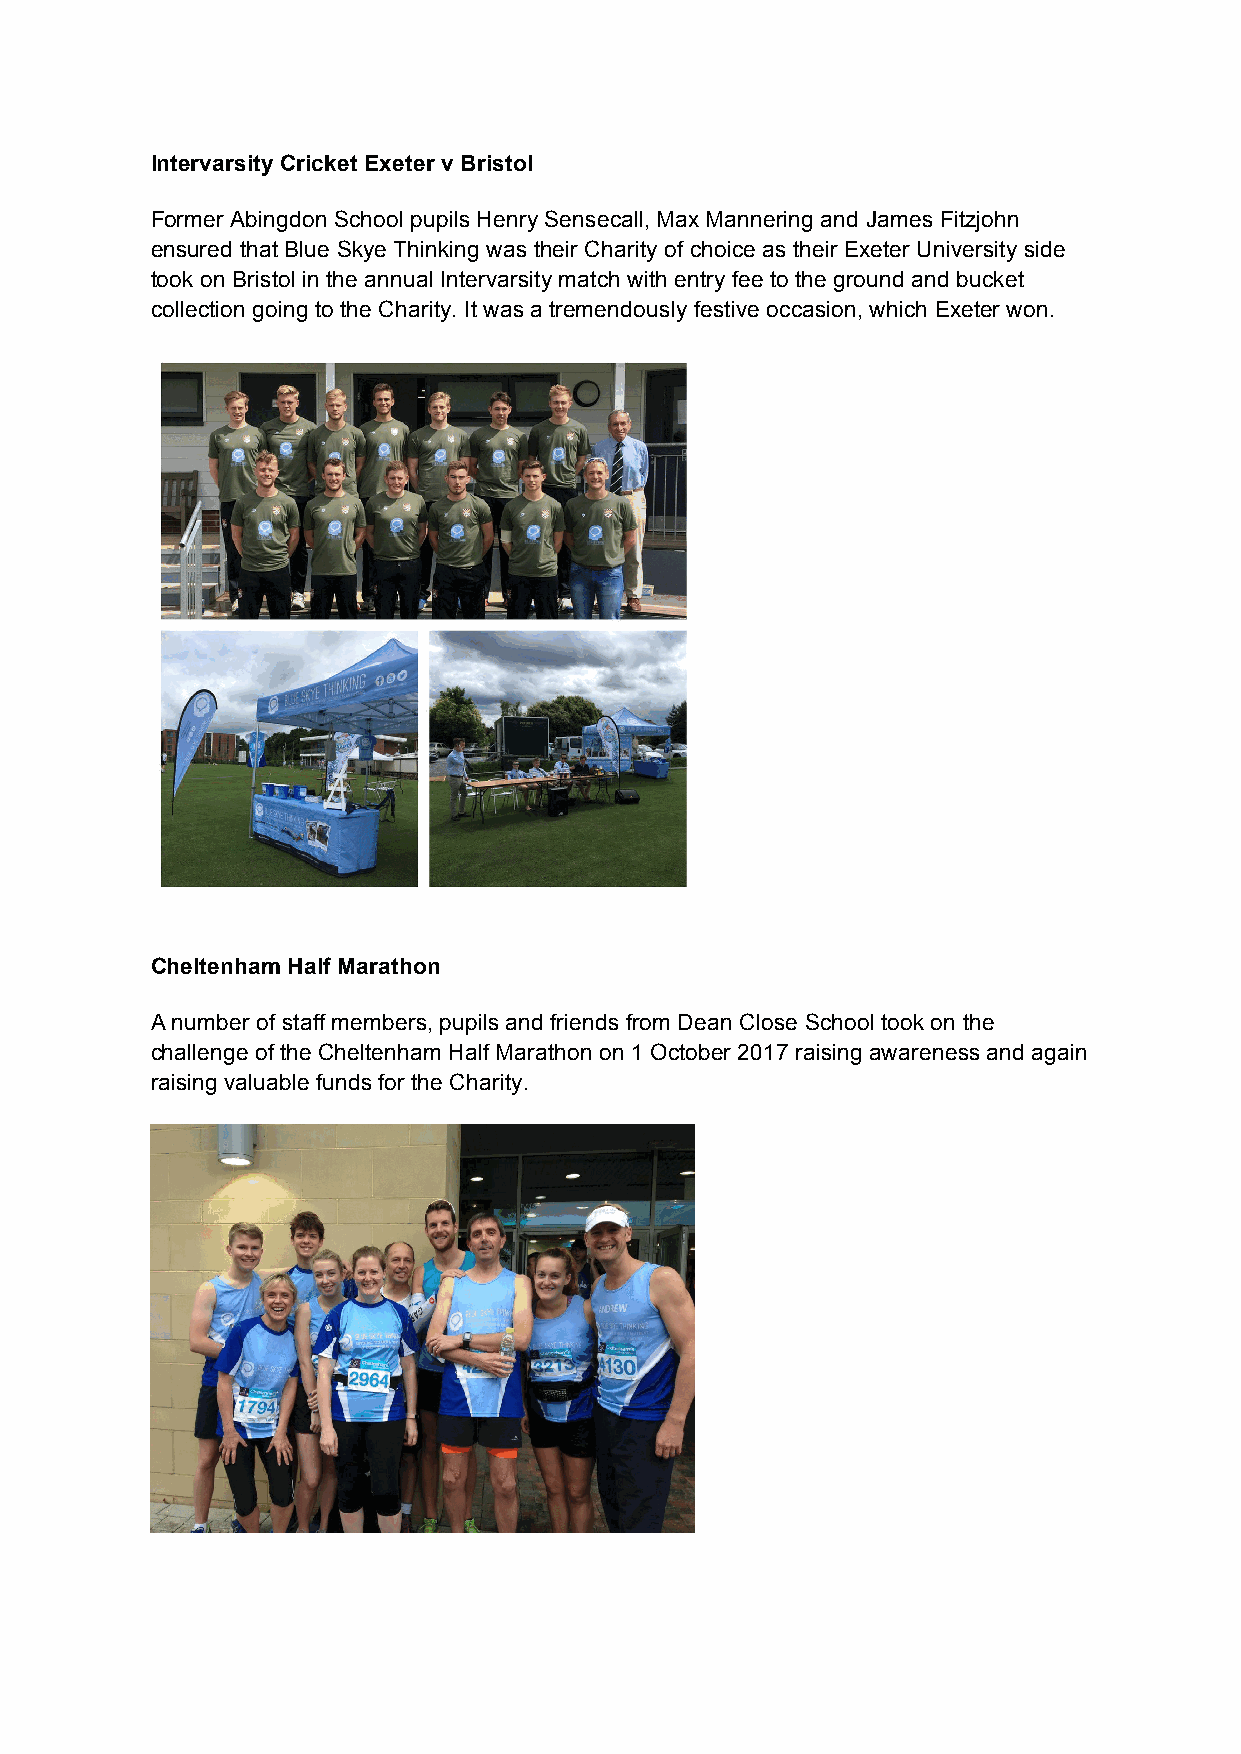
Intervarsity Cricket Exeter v Bristol
 Former Abingdon School pupils Henry Sensecall, Max Mannering and James Fitzjohn
 ensured that Blue Skye Thinking was their Charity of choice as their Exeter University side
 took on Bristol in the annual Intervarsity match with entry fee to the ground and bucket
 collection going to the Charity. It was a tremendously festive occasion, which Exeter won.
 Cheltenham Half Marathon
 A number of staff members, pupils and friends from Dean Close School took on the
 challenge of the Cheltenham Half Marathon on 1 October 2017 raising awareness and again
 raising valuable funds for the Charity.